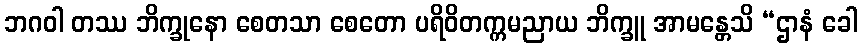
ဘဂဝါ တဿ ဘိက္ခုနော စေတသာ စေတော ပရိဝိတက္ကမညာယ ဘိက္ခူ အာမန္တေသိ “ဌာနံ ခေါ